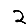
Digit: 2